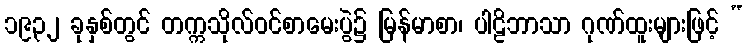
၁၉၃၂ ခုနှစ်တွင် တက္ကသိုလ်ဝင်စာမေးပွဲ၌ မြန်မာစာ၊ ပါဠိဘာသာ ဂုဏ်ထူးများဖြင့် “